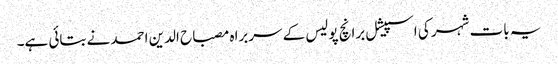
یہ بات شہر کی اسپیشل برانچ پولیس کے سربراہ مصباح الدین احمد نے بتائی ہے۔